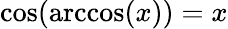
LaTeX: \cos(\operatorname{arccos}(x))=x